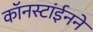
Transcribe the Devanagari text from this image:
कॉनस्टांईनने